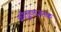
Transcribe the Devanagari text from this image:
कौतूहलजनक